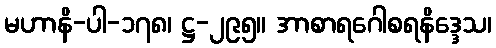
မဟာနိ-ပါ-၁၇၈၊ ဋ္ဌ-၂၉၅။ အာစာရဂေါစရနိဒ္ဒေသ၊